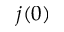
j ( 0 )